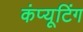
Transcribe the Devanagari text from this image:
कंप्‍यूटिंग